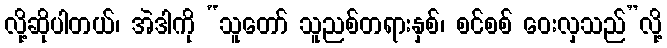
လို့ဆိုပါတယ်၊ အဲဒါကို “သူတော် သူညစ်တရားနှစ်၊ စင်စစ် ဝေးလှသည်”လို့